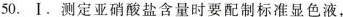
50.Ⅰ。测定亚硝酸盐含量时要配制标准显色液，